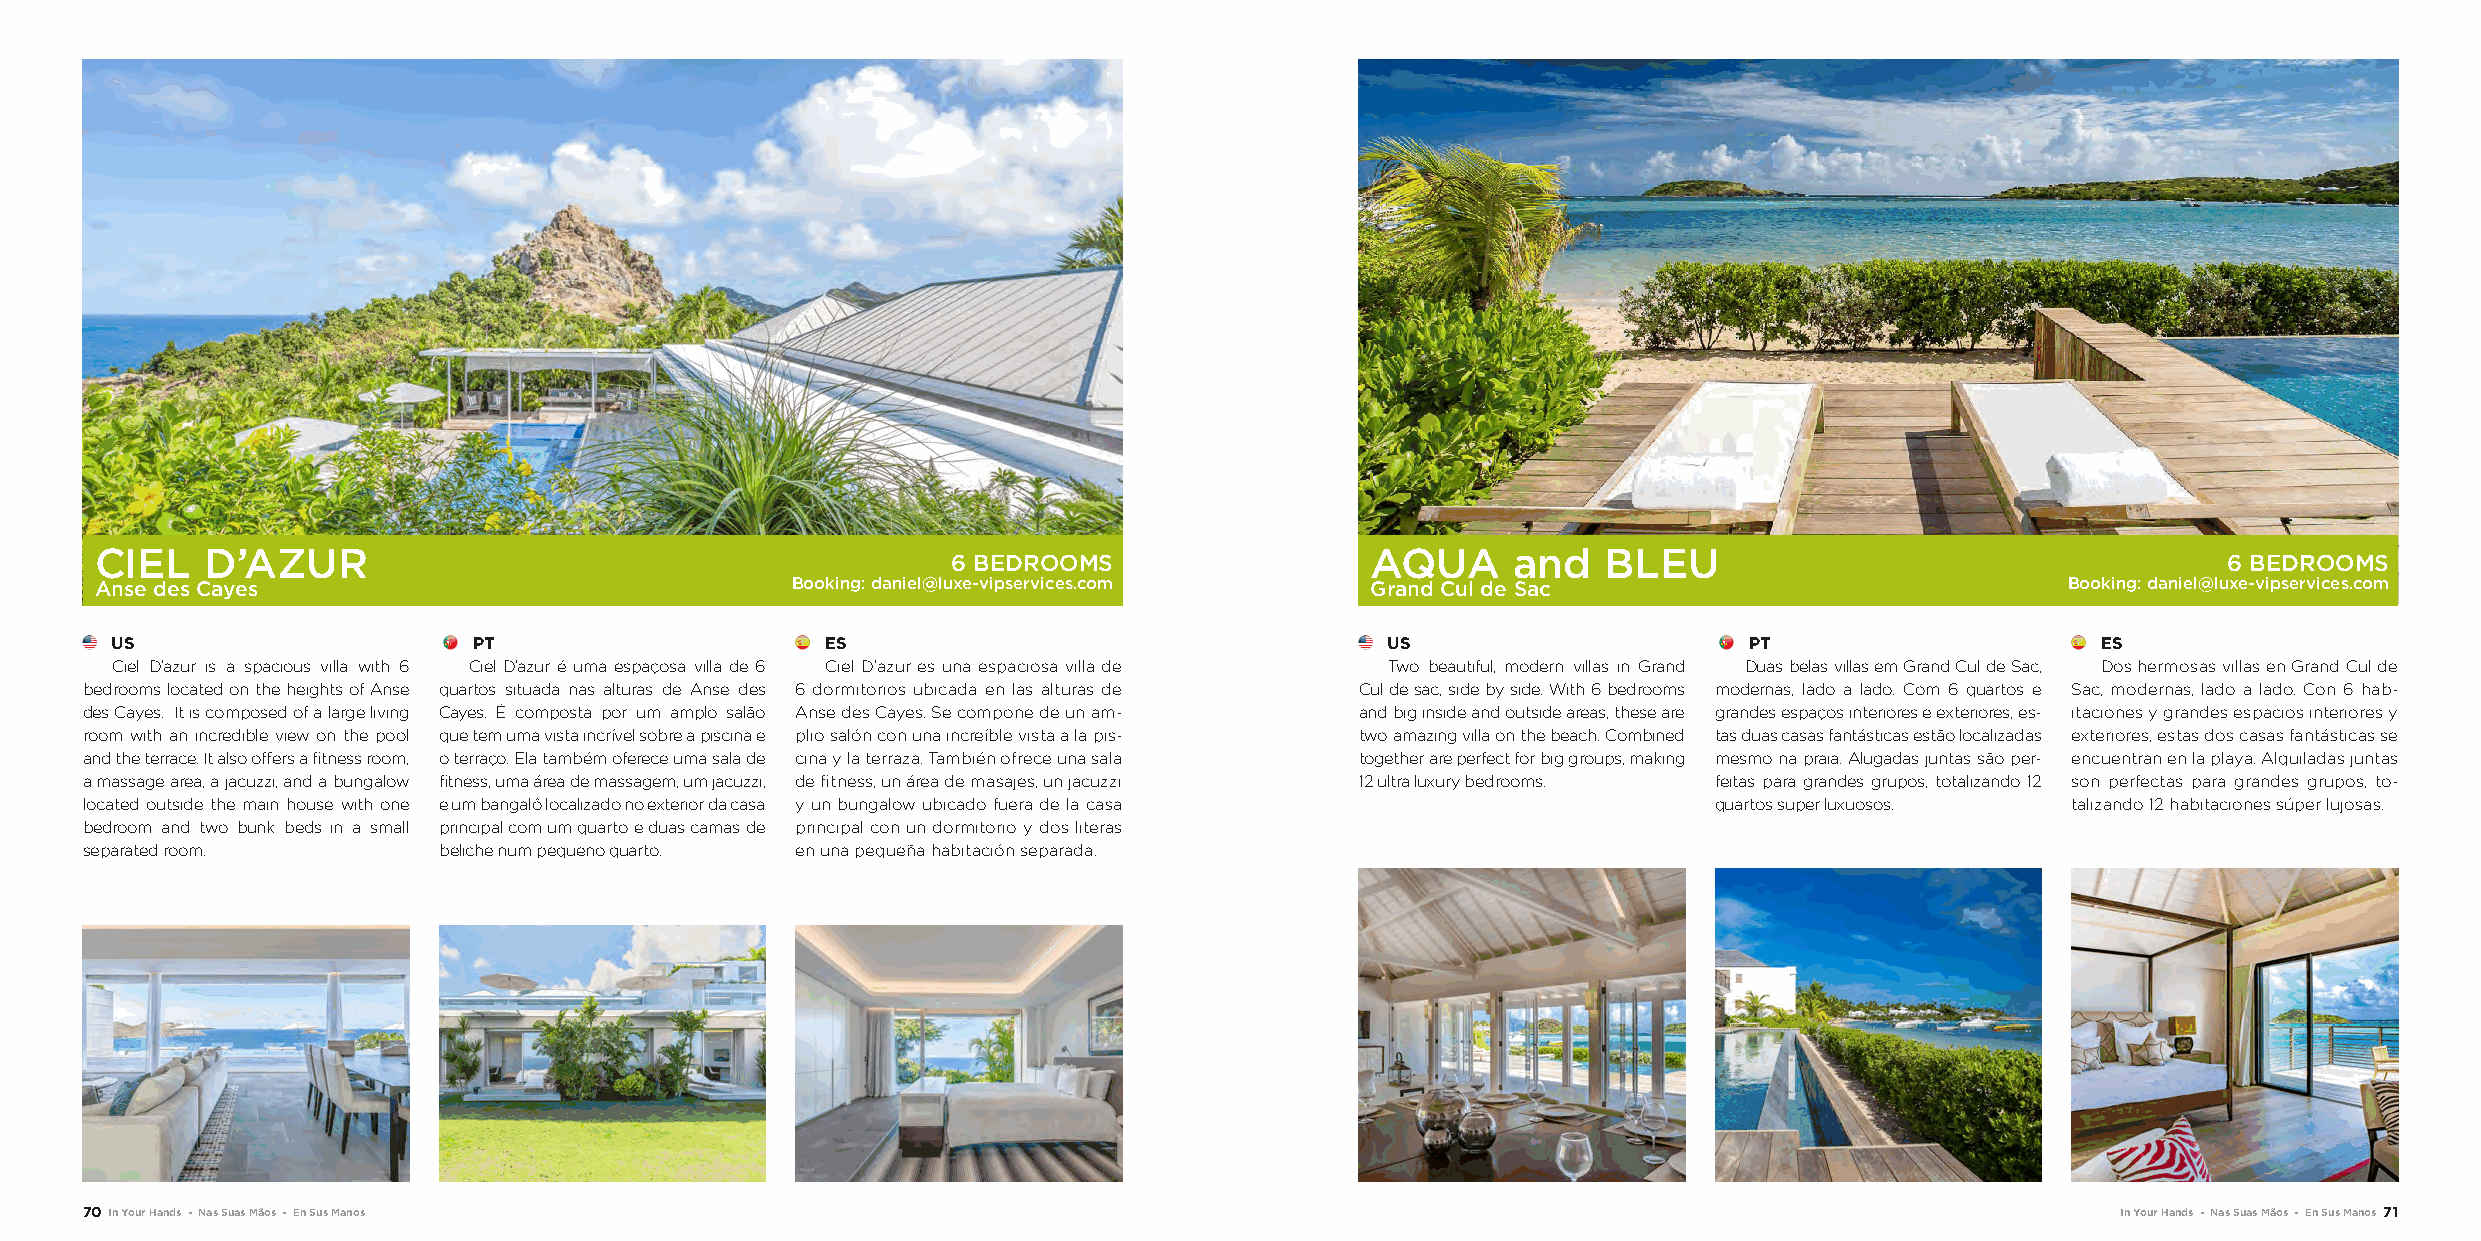
CIEL    D’AZUR                                                                       AQUA     and   BLEU
 6 BEDROOMS                                                                          6 BEDROOMS
 Anse des Cayes                                Booking: daniel@luxe-vipservices.com   Grand Cul de Sac                              Booking: daniel@luxe-vipservices.com
 US                      PT                      ES                                   US                      PT                     ES
 Ciel D’azur is a spacious villa with 6 Ciel D’azur é uma espaçosa villa de 6 Ciel D’azur es una espaciosa villa de Two beautiful, modern villas in Grand Duas belas villas em Grand Cul de Sac, Dos hermosas villas en Grand Cul de
 bedrooms located on the heights of Anse quartos situada nas alturas de Anse des 6 dormitorios ubicada en las alturas de Cul de sac, side by side. With 6 bedrooms modernas, lado a lado. Com 6 quartos e Sac, modernas, lado a lado. Con 6 hab-
 des Cayes. It is composed of a large living Cayes. É composta por um amplo salão Anse des Cayes. Se compone de un am- and big inside and outside areas, these are grandes espaços interiores e exteriores, es- itaciones y grandes espacios interiores y
 room with an incredible view on the pool que tem uma vista incrível sobre a piscina e plio salón con una increíble vista a la pis- two amazing villa on the beach. Combined tas duas casas fantásticas estão localizadas exteriores, estas dos casas fantásticas se
 and the terrace. It also offers a fitness room, o terraço. Ela também oferece uma sala de cina y la terraza. También ofrece una sala together are perfect for big groups, making mesmo na praia. Alugadas juntas são per- encuentran en la playa. Alquiladas juntas
 a massage area, a jacuzzi, and a bungalow fitness, uma área de massagem, um jacuzzi, de fitness, un área de masajes, un jacuzzi 12 ultra luxury bedrooms. feitas para grandes grupos, totalizando 12 son perfectas para grandes grupos, to-
 located outside the main house with one e um bangalô localizado no exterior da casa y un bungalow ubicado fuera de la casa quartos super luxuosos. talizando 12 habitaciones súper lujosas.
 bedroom and two bunk beds in a small principal com um quarto e duas camas de principal con un dormitorio y dos literas
 separated room.         beliche num pequeno quarto. en una pequeña habitación separada.
 70 In Your Hands - Nas Suas Mãos - En Sus Manos                                                                                        In Your Hands - Nas Suas Mãos - En Sus Manos 71